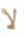
لا